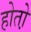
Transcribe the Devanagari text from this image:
होतो़